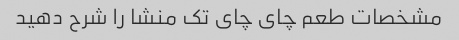
مشخصات طعم چای چای تک منشا را شرح دهید